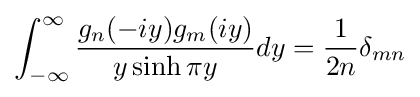
\int _{-\infty }^{\infty }{\frac {g_{n}(-iy)g_{m}(iy)}{y\sinh \pi y}}dy={\frac {1}{2n}}\delta _{mn}